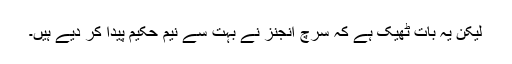
لیکن یہ بات ٹھیک ہے کہ سرچ انجنز نے بہت سے نیم حکیم پیدا کر دیے ہیں۔